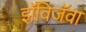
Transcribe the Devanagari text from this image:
झॅविजॅवा